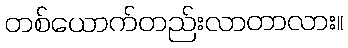
တစ်ယောက်တည်းလာတာလား။